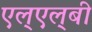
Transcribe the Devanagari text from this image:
एल्‌एल्‌बी